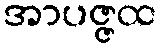
အာပဇ္ဇထ